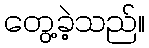
တွေ့ခဲ့သည်။